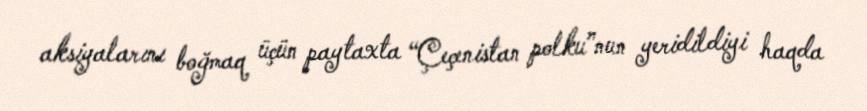
aksiyalarını boğmaq üçün paytaxta “Çeçenistan polku”nun yeridildiyi haqda